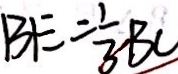
B E = \frac { 1 } { 3 } B C